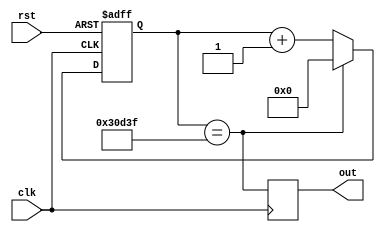
`timescale 1ns / 1ps
//////////////////////////////////////////////////////////////////////////////////
// Company: 
// Engineer: 
// 
// Design Name: 
// Module Name: fd
// Project Name: 
// Target Devices: 
// Tool Versions: 
// Description: 
// 
// Dependencies: 
// 
// Revision:
// Revision 0.01 - File Created
// Additional Comments:
// 
//////////////////////////////////////////////////////////////////////////////////


module fd(
    
    input [0:0]clk,
    input [0:0]rst,
    
    output reg [0:0]out

);

    parameter N = 200000;

    reg [19:0]cnt ;
    
    always @(posedge clk or negedge rst ) begin
        if (!rst )begin
             cnt <= 0;
        end else if (cnt == N-1)begin
            cnt <= 0;
        end else begin 
            cnt <= cnt + 1;
        end
    end

    always @(posedge clk) begin
        out <= (cnt == (N-1));
    end

endmodule